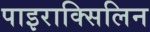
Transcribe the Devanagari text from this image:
पाइराक्सिलिन